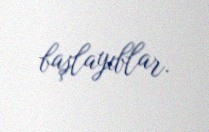
başlayıblar.